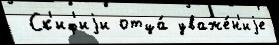
 Ск'иф'иjи отца́ уваже́н'иjе